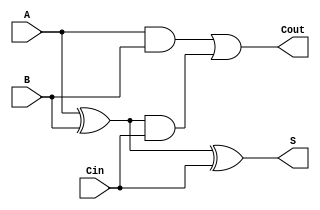
module Adder1bit(
    input A,
    input B,
    input Cin,
    output S,
    output Cout
);
assign S = A ^ B ^ Cin;
assign Cout = (A & B) | (A ^ B) & Cin;
endmodule